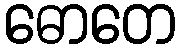
ဓောတေ